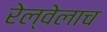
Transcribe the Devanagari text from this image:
रेल्वेलाच